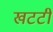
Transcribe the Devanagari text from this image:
खटटी